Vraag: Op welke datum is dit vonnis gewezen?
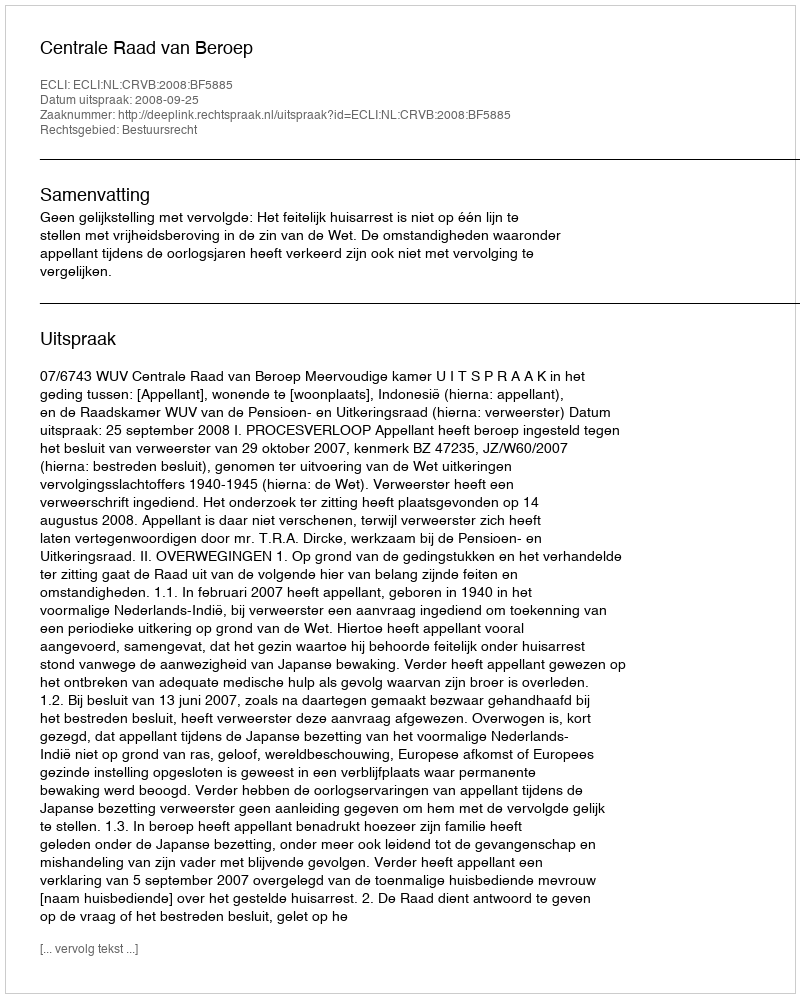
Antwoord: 2008-09-25